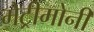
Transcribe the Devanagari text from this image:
मेट्रीमोनी